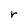
Character: r